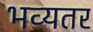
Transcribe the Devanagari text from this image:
भव्यतर